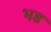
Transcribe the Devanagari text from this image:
भड